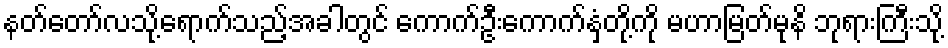
နတ်တော်လသို့ရောက်သည့်အခါတွင် ကောက်ဦးကောက်နှံတို့ကို မဟာမြတ်မုနိ ဘုရားကြီးသို့